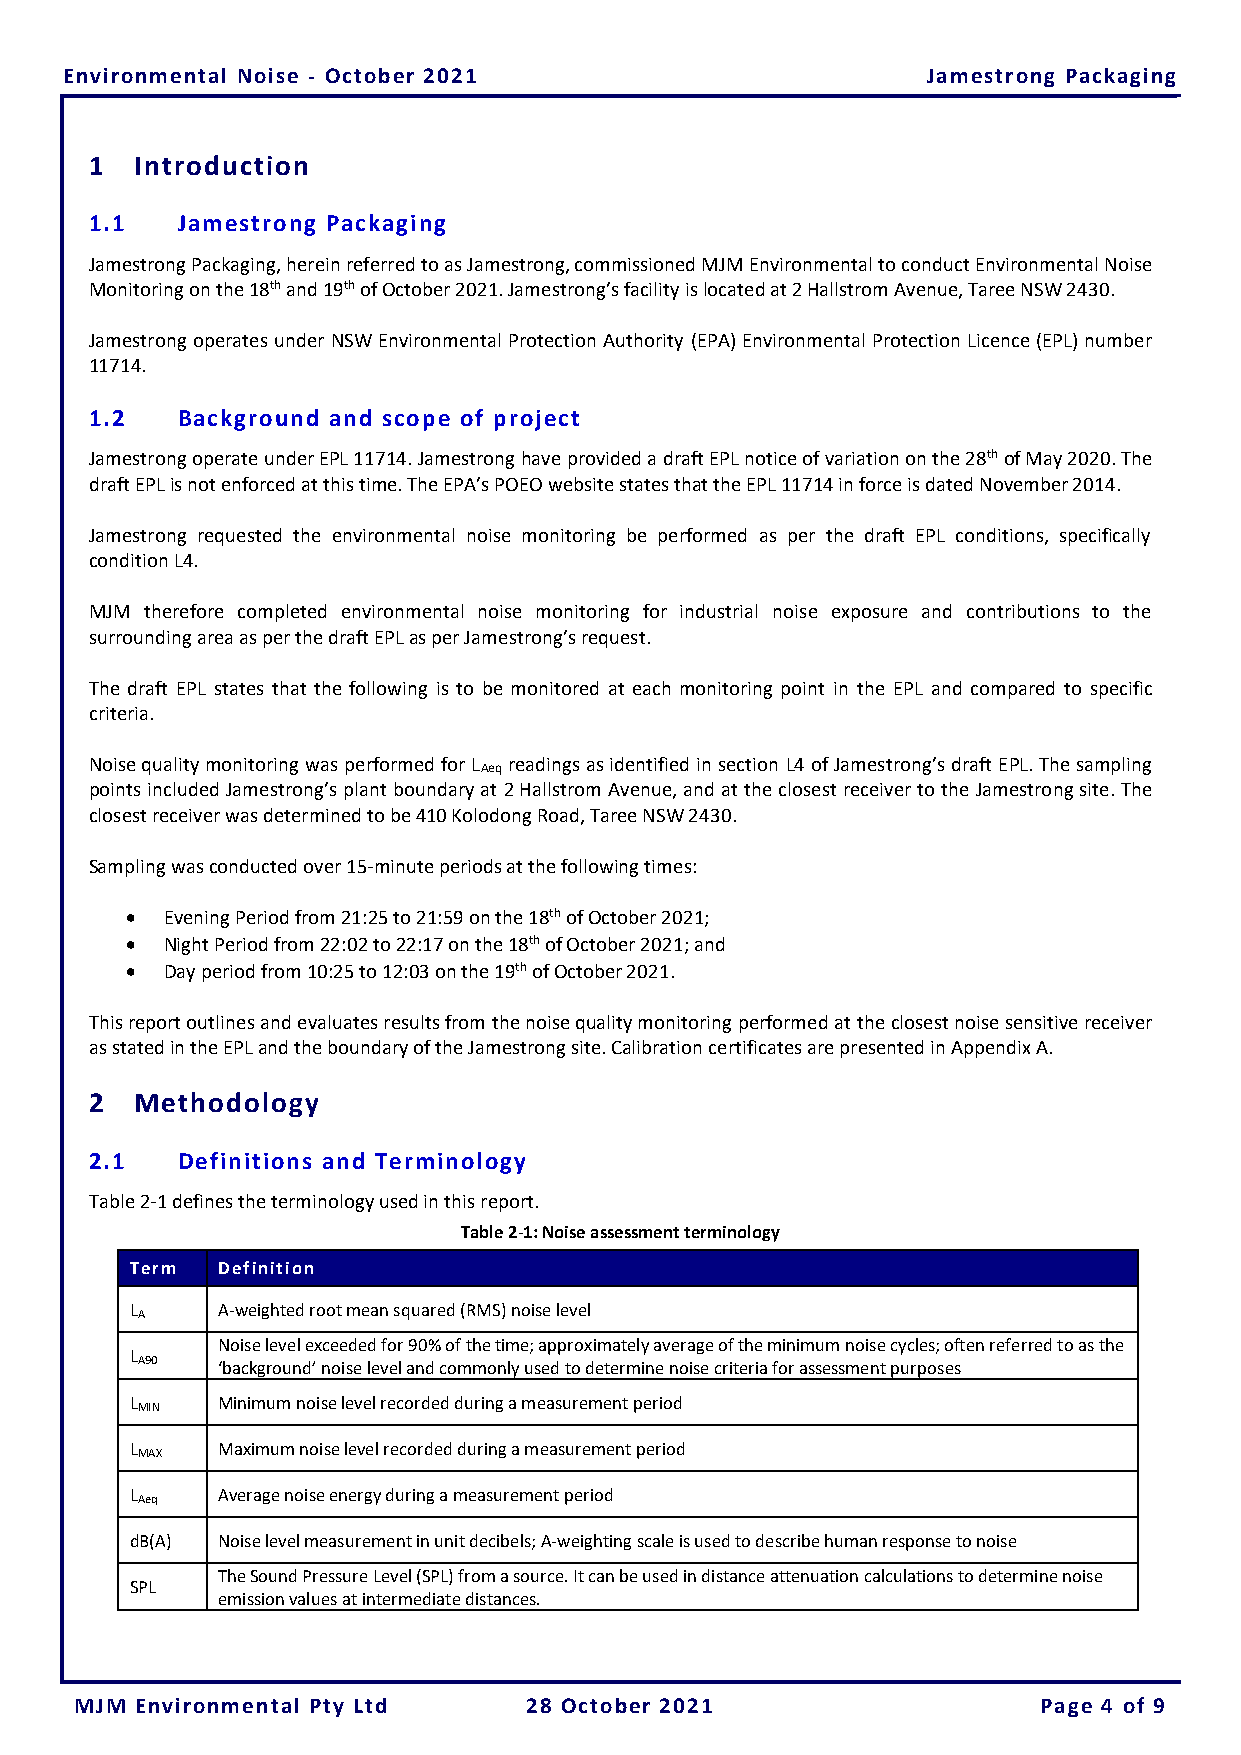
E nvironmental Noise - October 2021                      Jamestrong Packaging
 1  Introduction
 1.1   Jamestrong Packaging
 Jamestrong Packaging, herein referred to as Jamestrong, commissioned MJM Environmental to conduct Environmental Noise
 Monitoring on the 18th and 19th of October 2021. Jamestrong’s facility is located at 2 Hallstrom Avenue, Taree NSW 2430.
 Jamestrong operates under NSW Environmental Protection Authority (EPA) Environmental Protection Licence (EPL) number
 11714.
 1.2   Background and scope of project
 Jamestrong operate under EPL 11714. Jamestrong have provided a draft EPL notice of variation on the 28th of May 2020. The
 draft EPL is not enforced at this time. The EPA’s POEO website states that the EPL 11714 in force is dated November 2014.
 Jamestrong requested the environmental noise monitoring be performed as per the draft EPL conditions, specifically
 condition L4.
 MJM therefore completed environmental noise monitoring for industrial noise exposure and contributions to the
 surrounding area as per the draft EPL as per Jamestrong’s request.
 The draft EPL states that the following is to be monitored at each monitoring point in the EPL and compared to specific
 criteria.
 Noise quality monitoring was performed for L readings as identified in section L4 of Jamestrong’s draft EPL. The sampling
 Aeq
 points included Jamestrong’s plant boundary at 2 Hallstrom Avenue, and at the closest receiver to the Jamestrong site. The
 closest receiver was determined to be 410 Kolodong Road, Taree NSW 2430.
 Sampling was conducted over 15-minute periods at the following times:
 •  Evening Period from 21:25 to 21:59 on the 18th of October 2021;
 •  Night Period from 22:02 to 22:17 on the 18th of October 2021; and
 •  Day period from 10:25 to 12:03 on the 19th of October 2021.
 This report outlines and evaluates results from the noise quality monitoring performed at the closest noise sensitive receiver
 as stated in the EPL and the boundary of the Jamestrong site. Calibration certificates are presented in Appendix A.
 2  Methodology
 2.1   Definitions and Terminology
 Table 2-1 defines the terminology used in this report.
 Table 2-1: Noise assessment terminology
 Term Definition
 L    A-weighted root mean squared (RMS) noise level
 A
 Noise level exceeded for 90% of the time; approximately average of the minimum noise cycles; often referred to as the
 L
 A90  ‘background’ noise level and commonly used to determine noise criteria for assessment purposes
 L    Minimum noise level recorded during a measurement period
 MIN
 L    Maximum noise level recorded during a measurement period
 MAX
 L    Average noise energy during a measurement period
 Aeq
 dB(A) Noise level measurement in unit decibels; A-weighting scale is used to describe human response to noise
 The Sound Pressure Level (SPL) from a source. It can be used in distance attenuation calculations to determine noise
 SPL
 emission values at intermediate distances.
 MJM Environmental Pty Ltd     28 October 2021                   Page 4 of 9